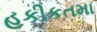
હકીકતમા